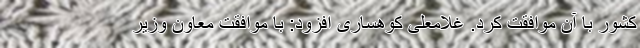
کشور با آن موافقت کرد. غلامعلی کوهساری افزود: با موافقت معاون وزیر